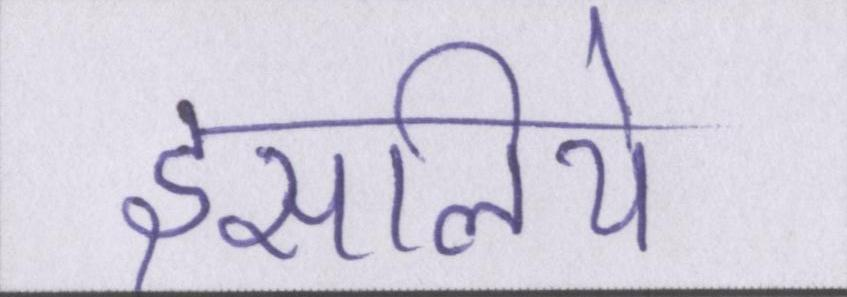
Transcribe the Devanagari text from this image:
इसलिये